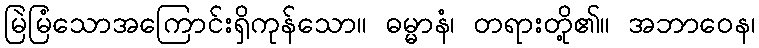
မြဲမြံသောအကြောင်းရှိကုန်သော။ ဓမ္မာနံ၊ တရားတို့၏။ အဘာဝေန၊